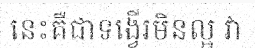
នេះគឺជាទង្វើរមិនល្អ វា